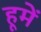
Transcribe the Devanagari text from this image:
हूमें